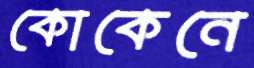
কোকেনে